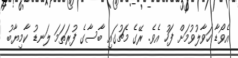
އެވޯޑާ ހަވާލުވުމަށް ފަހު އެވެ. ރޭގެ މެޗުގައި ބާސާގެ ފުރަތަމަ ލަނޑު ކާމިޔާބު